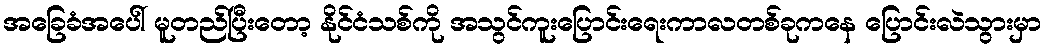
အခြေခံအပေါ် မူတည်ပြီးတော့ နိုင်ငံသစ်ကို အသွင်ကူးပြောင်းရေးကာလတစ်ခုကနေ ပြောင်းလဲသွားမှာ